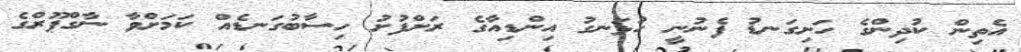
އެތިން ކުދިންގެ ހަށިގަނޑު ފެނުނީ ހުޅަނގު އިންޑިއާގެ ރަށްފުށު ހިސާބުގަނޑެއް ކަމަށްވާ ނާގްޕޫރްގެ